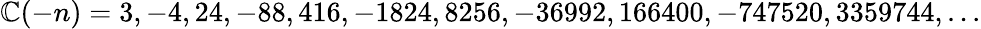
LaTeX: \mathbb{C}(-n)=3,-4,24,-88,416,-1824,8256,-36992,166400,-747520,3359744,...